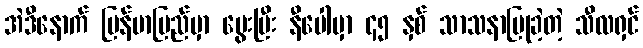
အဲဒီနောက် မြန်မာပြည်မှာ မွေးပြီး နီပေါမှာ ၄၅ နှစ် သာသနာပြုခဲ့တဲ့ သီလရှင်